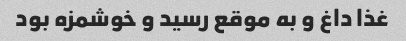
غذا داغ و به موقع رسید و خوشمزه بود